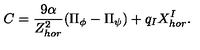
C = \frac { 9 \alpha } { Z _ { h o r } ^ { 2 } } ( \Pi _ { \phi } - \Pi _ { \psi } ) + q _ { I } X _ { h o r } ^ { I } .